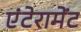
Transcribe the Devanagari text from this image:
एंटेरामेंट